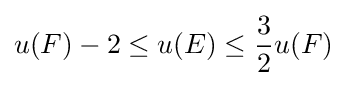
u(F)-2\leq u(E)\leq {\frac {3}{2}}u(F)\